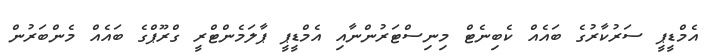
އެމްޑީޕީ ސަރުކާރުގެ ބައެއް ކެބިނެޓް މިނިސްޓަރުންނާއި އެމްޑީޕީ ޕާލަމެންޓްރީ ގްރޫޕްގެ ބައެއް މެންބަރުން